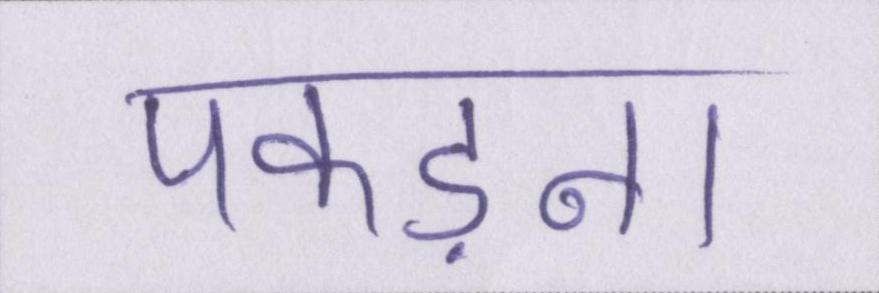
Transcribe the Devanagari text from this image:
पकड़ना